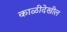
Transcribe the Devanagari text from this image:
काळीदेखील